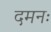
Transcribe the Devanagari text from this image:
दमनः